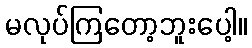
မလုပ်ကြတော့ဘူးပေါ့။